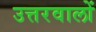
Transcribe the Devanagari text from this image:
उत्तरवालों